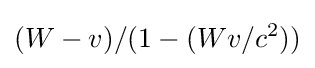
{(W-v)/(1-(Wv/c^{2}))}